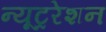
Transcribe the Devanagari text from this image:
न्यूट्ररेशन